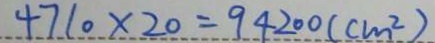
4 7 1 0 \times 2 0 = 9 4 2 0 0 ( c m ^ { 2 } )